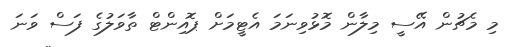
މި މެޗުން އޭސީ މިލާން މޮޅުވިނަމަ އެޓީމަށް ޕޮއިންޓް ތާވަލުގެ ފަސް ވަނަ